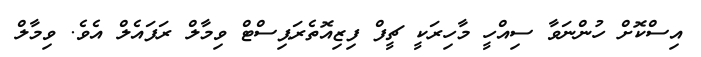
އިސްކޮށް ހުންނަވާ ސިއްހީ މާހިރަކީ ޗީފް ފިޒިއޮތެރަޕިސްޓް ވިމާލް ރަފައެލް އެވެ. ވިމާލް